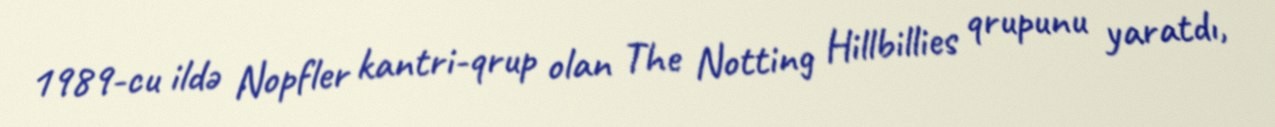
1989-cu ildə Nopfler kantri-qrup olan The Notting Hillbillies qrupunu yaratdı,